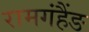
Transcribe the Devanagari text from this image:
रामगंहैंङ